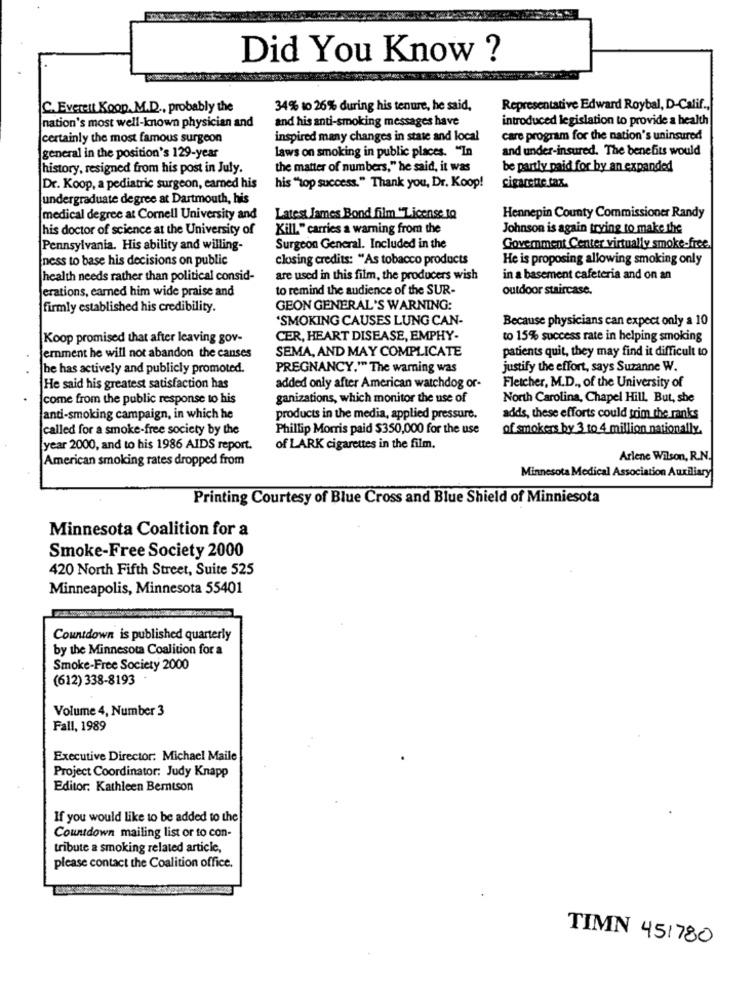
Did You Know ?
C. Everett Koop. M.D ., probably the
34% to 26% during his tenure, he said,
Representative Edward Roybal, D-Calif .,
nation's most well-known physician and
and his anti-smoking messages have
introduced legislation to provide a health
certainly the most famous surgeon
inspired many changes in state and local
care program for the nation's uninsured
laws on smoking in public places. "In
and under-insured. The benefits would
general in the position's 129-year
history, resigned from his post in July.
the matter of numbers," he said, it was
be partly paid for by an expanded
Dr. Koop, a pediatric surgeon, earned his
his "top success." Thank you, Dr. Koop!
cigarette. tax.
undergraduate degree at Dartmouth, his
medical degree at Cornell University and
Latest James Bond film "License tQ
Hennepin County Commissioner Randy
his doctor of science at the University of
Kill." carries a warning from the
Johnson is again trying to make the
Pennsylvania. His ability and willing-
Surgeon General. Included in the
Government Center virtually smoke-free.
ness to base his decisions on public
closing credits: "As tobacco products
He is proposing allowing smoking only
health needs rather than political consid-
are used in this film, the producers wish
in a basement cafeteria and on an
erations, earned him wide praise and
to remind the audience of the SUR-
outdoor staircase.
firmly established his credibility.
GEON GENERAL'S WARNING:
'SMOKING CAUSES LUNG CAN-
Because physicians can expect only a 10
Koop promised that after leaving gov-
CER, HEART DISEASE, EMPHY-
to 15% success rate in helping smoking
SEMA, AND MAY COMPLICATE
patients quit, they may find it difficult to
emment he will not abandon the canses
he has actively and publicly promoted.
PREGNANCY."" The warning was
justify the effort, says Suzanne W.
Fletcher, M.D ., of the University of
He said his greatest satisfaction has
added only after American watchdog or-
come from the public response to his
ganizations, which monitor the use of
North Carolina, Chapel Hill. But, she
anti-smoking campaign, in which he
products in the media, applied pressure.
adds, these efforts could trim the ranks
called for a smoke-free society by the
Phillip Morris paid $350,000 for the use
of smokers by 3 to 4 million nationally.
year 2000, and to his 1986 AIDS report.
of LARK cigarettes in the film.
American smoking rates dropped from
Arlene Wilson, R.N.
Minnesota Medical Association Auxiliary
Printing Courtesy of Blue Cross and Blue Shield of Minniesota
Minnesota Coalition for a
Smoke-Free Society 2000
420 North Fifth Street, Suite 525
Minneapolis, Minnesota 55401
Countdown is published quarterly
by the Minnesota Coalition for a
Smoke-Free Society 2000
(612) 338-8193
Volume 4, Number 3
Fall, 1989
Executive Director: Michael Maile
Project Coordinator: Judy Knapp
Editor: Kathleen Bertson
If you would like to be added to the
Countdown mailing list or to con-
tribute a smoking related article,
please contact the Coalition office.
TIMN 451780